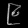
Digit: ၉